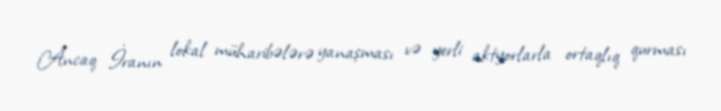
Ancaq İranın lokal müharibələrə yanaşması və yerli aktyorlarla ortaqlıq qurması